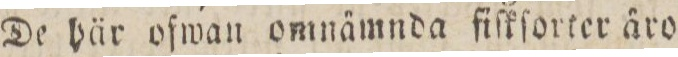
De här ofwan omnämnda fiſkſorter äro